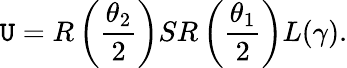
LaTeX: \mathtt{U}=R\left(\frac{{\theta_{2}}}{{2}}\right)SR\left(\frac{{\theta_{1}}}{{2}}\right)L(\gamma).